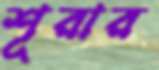
শূরার